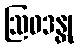
ဩဝဒန္တု